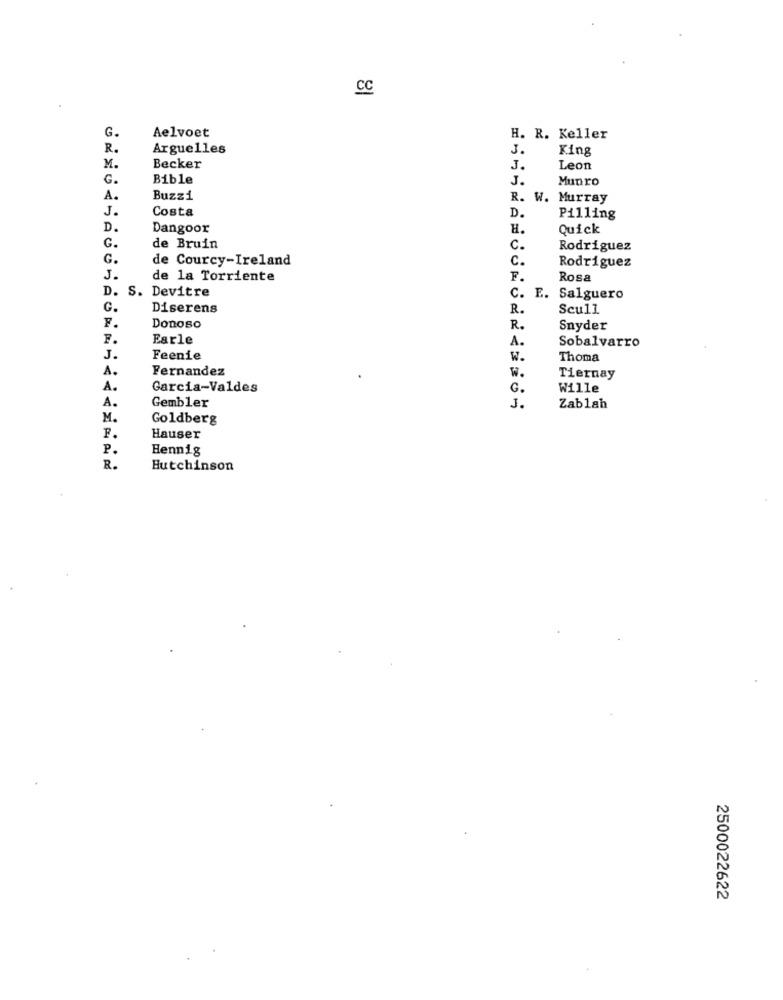
CC
G.
Aelvoet
H. R. Keller
R.
Arguelles
J.
King
M.
Becker
J.
Leon
G.
Bible
J.
Munro
A.
Buzzi
R. W. Murray
J.
Costa
D.
Pilling
D.
Dangoor
H.
Quick
G.
de Bruin
C.
Rodriguez
G.
de Courcy-Ireland
c.
Rodriguez
J.
de la Torriente
F.
Rosa
D. S. Devitre
C. E. Salguero
G.
Diserens
R.
Scull
F.
Donoso
R.
Snyder
F.
Earle
A.
Sobalvarro
J.
Feenie
w.
Thoma
A.
Fernandez
W.
Tiernay
A.
Garcia-Valdes
G.
Wille
A.
Gembler
J.
Zablah
M.
Goldberg
F.
Hauser
P.
Hennig
R.
Hutchinson
2500022622